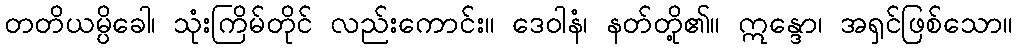
တတိယမ္ပိခေါ၊ သုံးကြိမ်တိုင် လည်းကောင်း။ ဒေဝါနံ၊ နတ်တို့၏။ ဣန္ဒော၊ အရှင်ဖြစ်သော။